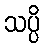
သပ္ပိ